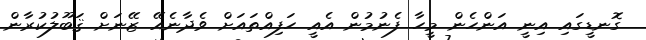
ގޮނޑީގައި އިނީ އަންހެން މީހާ ފެނުމުން އެއީ ހަފިއްތައަށް ވެދާނެއޭ ޒޭނަށް ޤަބޫލުކުރާން